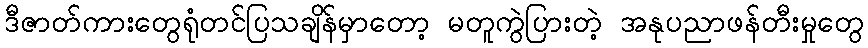
ဒီဇာတ်ကားတွေရုံတင်ပြသချိန်မှာတော့ မတူကွဲပြားတဲ့ အနုပညာဖန်တီးမှုတွေ